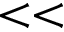
< <